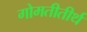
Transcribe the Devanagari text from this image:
गोमतीतीर्थ